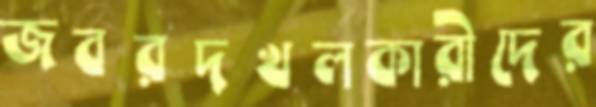
জবরদখলকারীদের